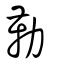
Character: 勒